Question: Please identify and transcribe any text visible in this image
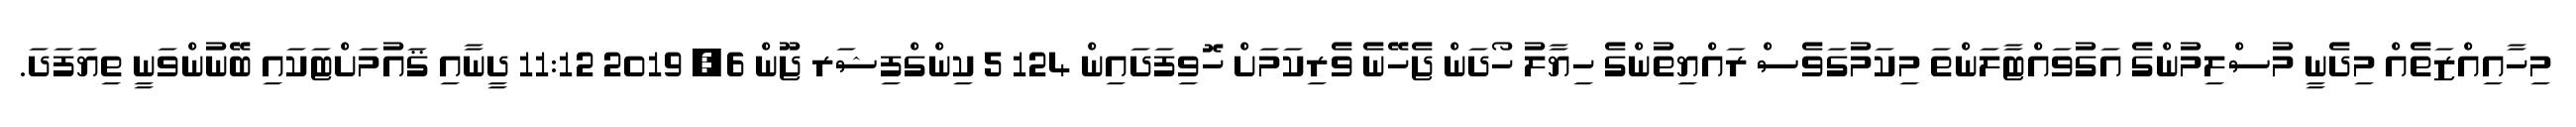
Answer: މިހާއިއްޒަތެއް މިދެނީ މުސްލިމުންގެ އަގުވައްޓާލަންތަ މިކަމުގަވެސް ރައްޔިތުންގެ ހިޔާލު ހޯދަން ޖެހޭނެ ވެރިކަމަށް ހޮވިފަދައިން 124 5 ކިންގްފިޝަރ ޖޫން 6, 2019 11:12 ދީނާއި ޤައުމަށްޓަކައި ބޭނުންވަނީ ތިޔަފަދަ.